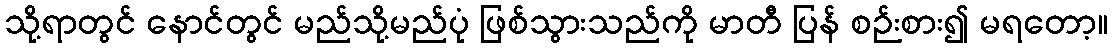
သို့ရာတွင် နောင်တွင် မည်သို့မည်ပုံ ဖြစ်သွားသည်ကို မာတီ ပြန် စဉ်းစား၍ မရတော့။